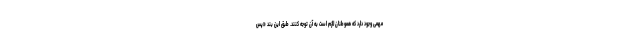
مهمی وجود دارد که هموطنان لازم است به آن توجه کنند. طبق این بند «پس